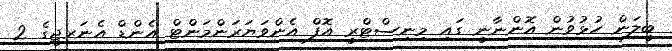
ބީލަން ހުޅުވުން އޮންނާނީ ގައި މިނިސްޓްރީ އޮފް އެންވަޔަރަންމަންޓް އެންޑް އެނަރޖީގެ 2